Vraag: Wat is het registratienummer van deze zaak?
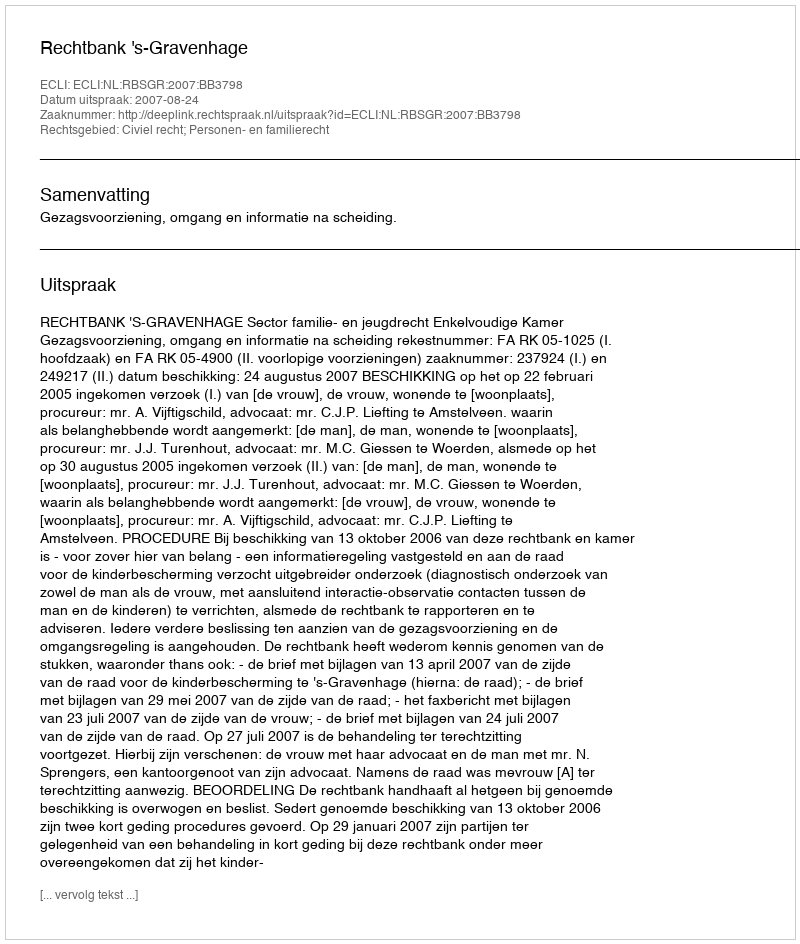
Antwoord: http://deeplink.rechtspraak.nl/uitspraak?id=ECLI:NL:RBSGR:2007:BB3798